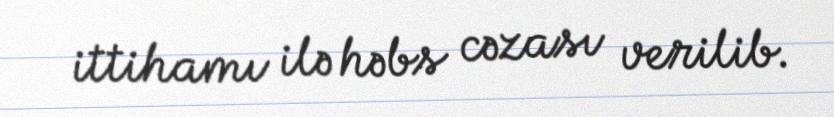
ittihamı ilə həbs cəzası verilib.